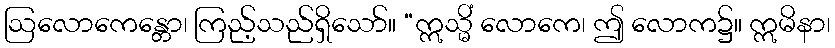
ဩလောကေန္တော၊ ကြည့်သည်ရှိသော်။ “ဣသ္မိံ လောကေ၊ ဤ လောက၌။ ဣမိနာ၊